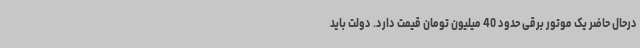
درحال حاضر یک موتور برقی حدود 40 میلیون تومان قیمت دارد. دولت باید